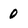
Character: 0